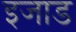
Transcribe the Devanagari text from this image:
इजाड